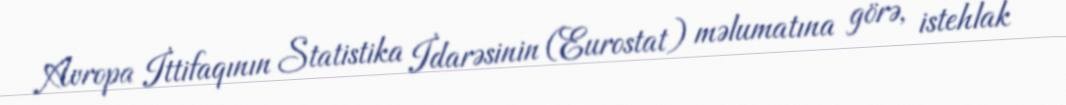
Avropa İttifaqının Statistika İdarəsinin (Eurostat) məlumatına görə, istehlak